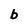
Character: b